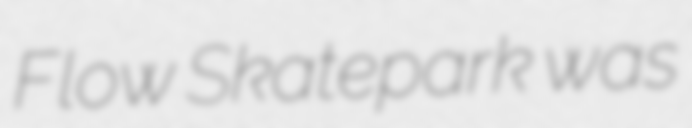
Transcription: Flow Skatepark was